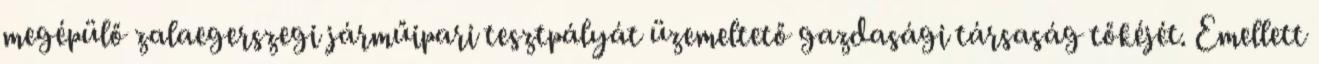
megépülő zalaegerszegi járműipari tesztpályát üzemeltető gazdasági társaság tőkéjét. Emellett